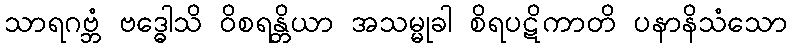
သာရဂဗ္ဘံ ဗဒ္ဓေါသိ ဝိစရန္တိယာ အသမ္မုခါ စိရပဋိကာတိ ပနာနိသံသော